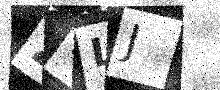
Text: 2SLJ